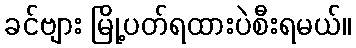
ခင်ဗျား မြို့ပတ်ရထားပဲစီးရမယ်။